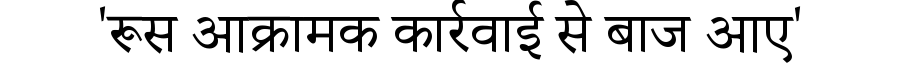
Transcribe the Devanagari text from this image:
'रूस आक्रामक कार्रवाई से बाज आए'